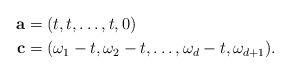
LaTeX: \begin{align*}\mathbf{a}&=(t,t,\dots,t,0) \ \\\mathbf{c}&=(\omega_1-t, \omega_2-t, \dots, \omega_d-t,\omega_{d+1}). \end{align*}